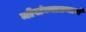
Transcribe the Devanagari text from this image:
मोसंब्याप्रमाणे